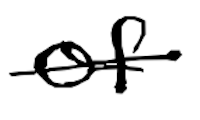
Text: of
Cross-out: single-line
Writing tool: digital_black